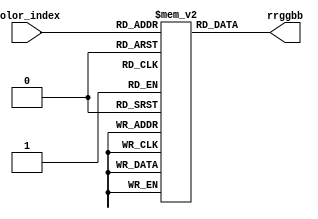
`default_nettype none
module palette (
    input  wire [2:0] color_index,
    output wire [5:0] rrggbb
);

  reg [5:0] palette[7:0];

  initial begin
    palette[0] = 6'b001011;  // cyan
    palette[1] = 6'b110110;  // pink
    palette[2] = 6'b101101;  // green
    palette[3] = 6'b111000;  // orange
    palette[4] = 6'b110011;  // purple
    palette[5] = 6'b111100;  // yellow
    palette[6] = 6'b110001;  // red
    palette[7] = 6'b111111;  // white
  end

  assign rrggbb = palette[color_index];

endmodule